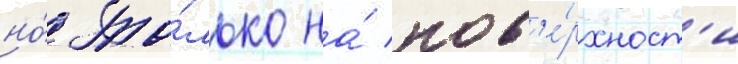
но́ то́лько на́ пов'е́рхност'и